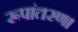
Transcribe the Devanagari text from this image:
रूपांतरण।